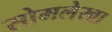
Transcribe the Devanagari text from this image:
सोमलेखा